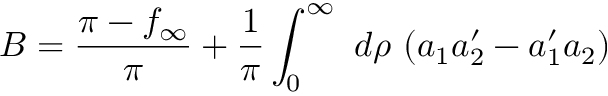
B = \frac { \pi - f _ { \infty } } { \pi } + \frac { 1 } { \pi } \int _ { 0 } ^ { \infty } ~ d \rho ~ ( a _ { 1 } a _ { 2 } ^ { \prime } - a _ { 1 } ^ { \prime } a _ { 2 } )